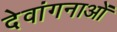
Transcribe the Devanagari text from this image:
देवांगनाओं